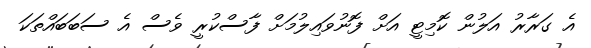
އެ ގަރާރު އަލުން ކޮމިޓީ އަށް ފޮނުވައިލުމަށް ފާސްކުރީ ވެސް އެ ސަބަބައްތަކަ